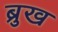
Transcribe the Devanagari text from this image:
ब्रुख